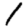
Digit: 1